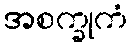
အစက္ခုကံ